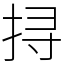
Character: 挦